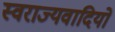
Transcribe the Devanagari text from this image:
स्वराज्यवादियों